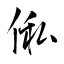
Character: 俬